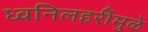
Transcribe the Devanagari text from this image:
ध्वनिलहरींमुळे